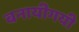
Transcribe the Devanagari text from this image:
बनायीगयी